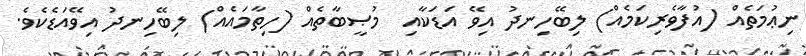
ނިޢުމަތެއް (އުފާވެރިކަމެއް) ލިބޭހިނދު އިވޭ އަޑަކާއި  މުޞީބާތެއް (ހިތާމައެއް) ލިބޭހިނދު އިވޭއަޑެކެވެ.